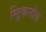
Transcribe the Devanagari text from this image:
स्ट्रिकनोस